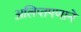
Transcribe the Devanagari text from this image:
अलिप्तपणाने